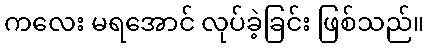
ကလေး မရအောင် လုပ်ခဲ့ခြင်း ဖြစ်သည်။